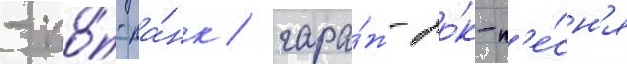
- по́п-па́нк / гара́ж-ро́к-п'е́сн'я